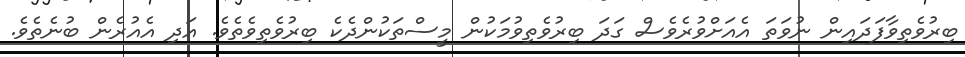
ބިރުވެތިވާފަދައިން ނުވަތަ އެއަަށްވުރެވެސް ގަދަ ބިރުވެތިވުމަކުން މީސްތަކުންދެކެ ބިރުވެތިވެތެވެ. އަދި އެއުރެން ބުނެތެވެ.